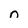
Character: n